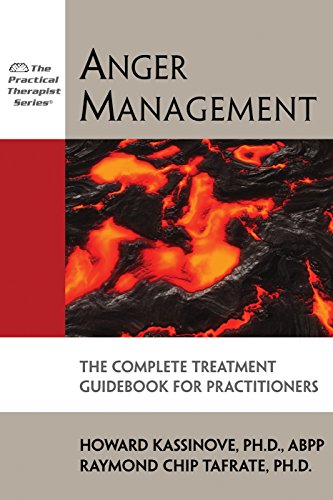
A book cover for Anger Management: The Complete Treatment Guidebook for Practitioners (Practical Therapist); Howard Kassinove; Self-Help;